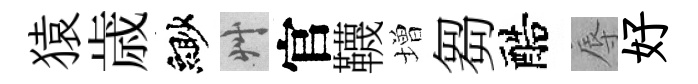
猿歳緲艸官韈増芻醅辱好